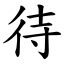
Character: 待